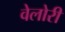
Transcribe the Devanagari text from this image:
वेलोरी